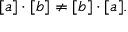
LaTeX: [ a ] \cdot [ b ] \neq [ b ] \cdot [ a ] .